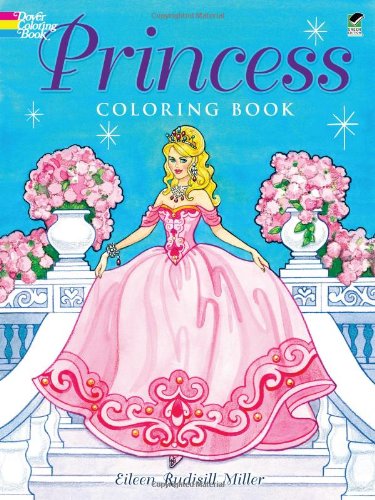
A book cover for Princess Coloring Book (Dover Coloring Books); Eileen Rudisill Miller; Children's Books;